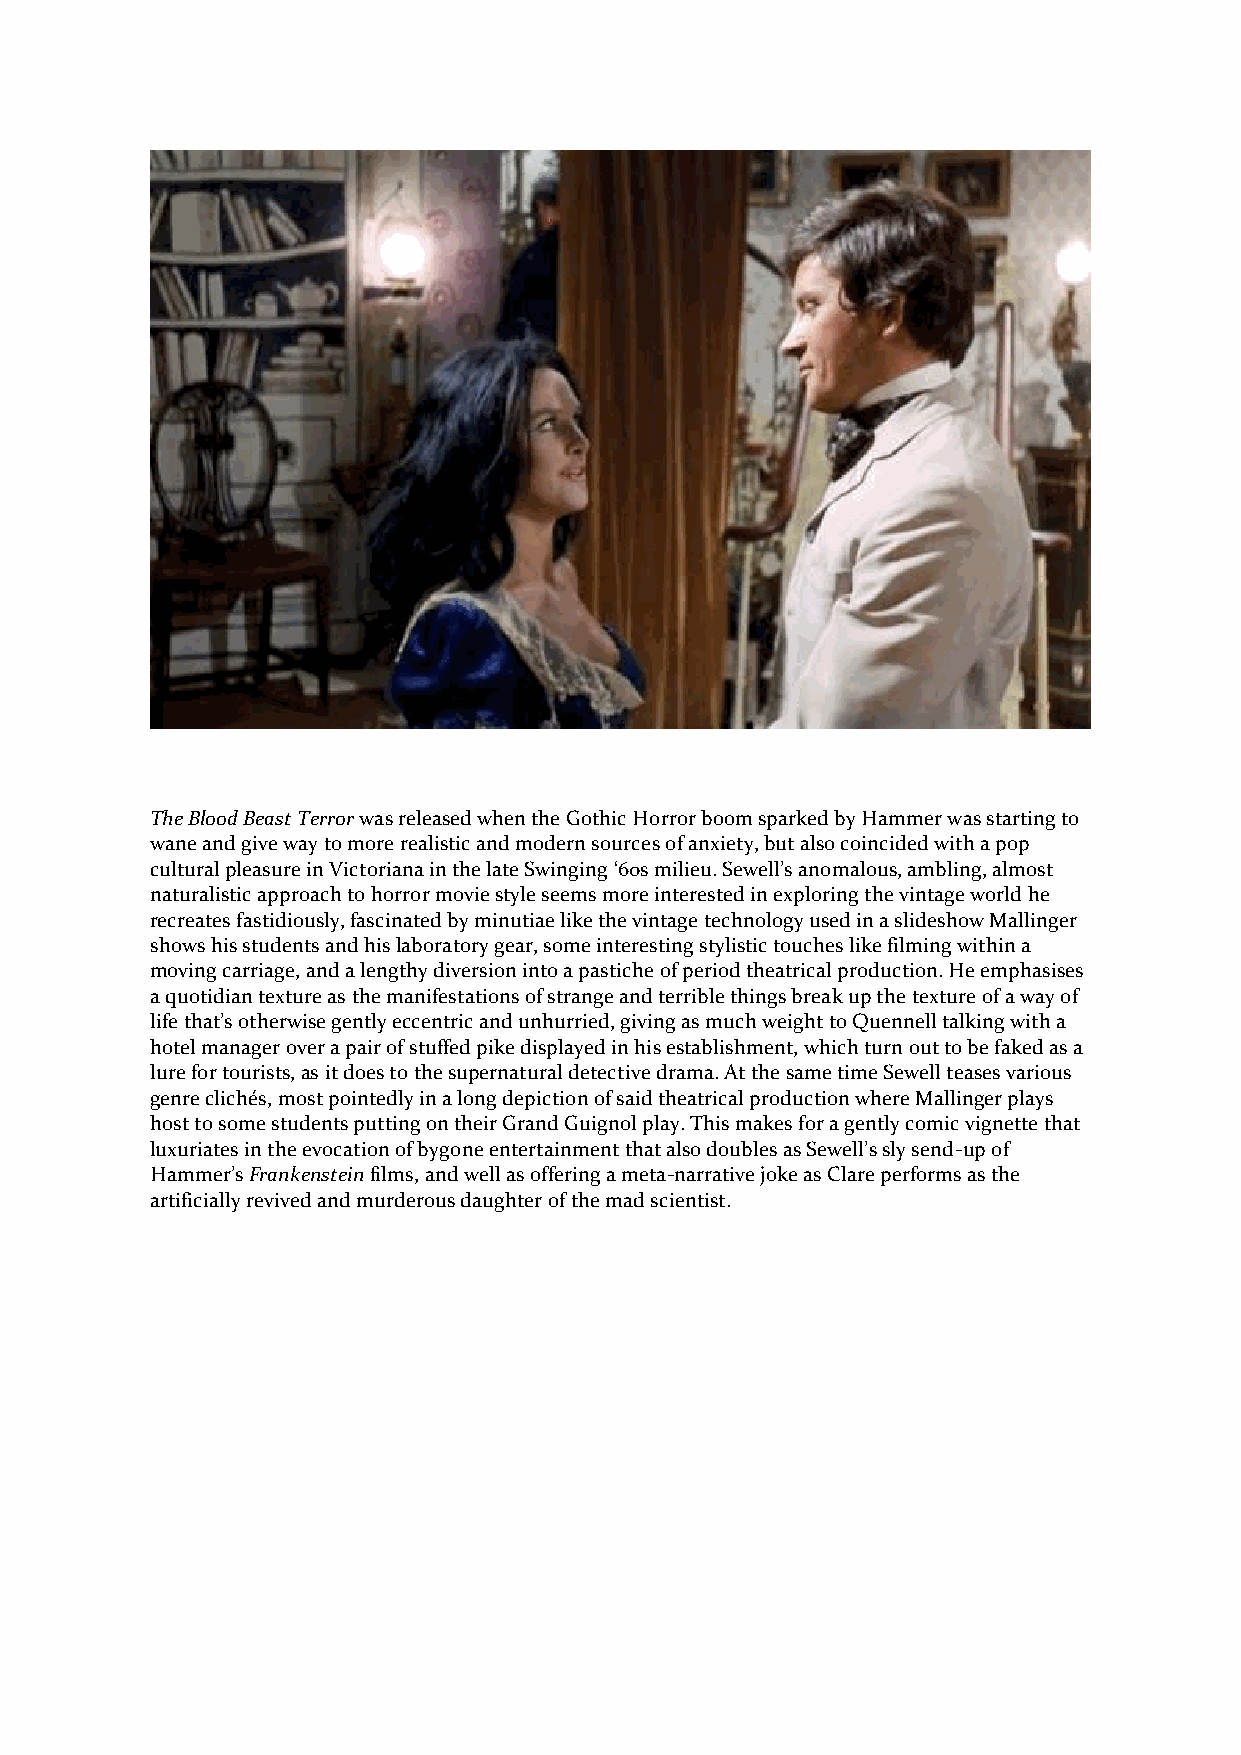
The Blood Beast Terror was released when the Gothic Horror boom sparked by Hammer was starting to
 wane and give way to more realistic and modern sources of anxiety, but also coincided with a pop
 cultural pleasure in Victoriana in the late Swinging ‘60s milieu. Sewell’s anomalous, ambling, almost
 naturalistic approach to horror movie style seems more interested in exploring the vintage world he
 recreates fastidiously, fascinated by minutiae like the vintage technology used in a slideshow Mallinger
 shows his students and his laboratory gear, some interesting stylistic touches like filming within a
 moving carriage, and a lengthy diversion into a pastiche of period theatrical production. He emphasises
 a quotidian texture as the manifestations of strange and terrible things break up the texture of a way of
 life that’s otherwise gently eccentric and unhurried, giving as much weight to Quennell talking with a
 hotel manager over a pair of stuffed pike displayed in his establishment, which turn out to be faked as a
 lure for tourists, as it does to the supernatural detective drama. At the same time Sewell teases various
 genre clichés, most pointedly in a long depiction of said theatrical production where Mallinger plays
 host to some students putting on their Grand Guignol play. This makes for a gently comic vignette that
 luxuriates in the evocation of bygone entertainment that also doubles as Sewell’s sly send-up of
 Hammer’s Frankenstein films, and well as offering a meta-narrative joke as Clare performs as the
 artificially revived and murderous daughter of the mad scientist.